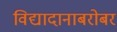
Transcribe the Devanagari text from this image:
विद्यादानाबरोबर